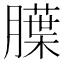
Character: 𬛚